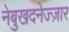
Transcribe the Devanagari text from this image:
नेबुखदनेज्ज़ार